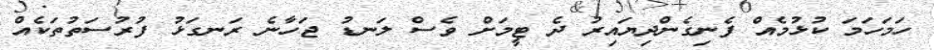
ހަމަހަމަ ކުޅުމެއް ފެނިގެންދިޔައިރު ދެ ޓީމަށް ވެސް ލަނޑު ޖަހާނެ ރަނގަޅު ފުރުސަތުތަކެއް